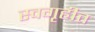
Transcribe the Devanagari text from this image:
स्वगृहीत